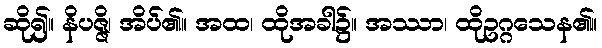
ဆို၍။ နိပဇ္ဇိ၊ အိပ်၏။ အထ၊ ထိုအခါ၌။ အဿာ၊ ထိုဥဂ္ဂသေန၏။